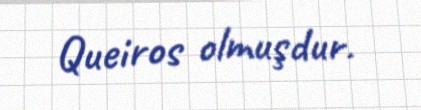
Queiros olmuşdur.